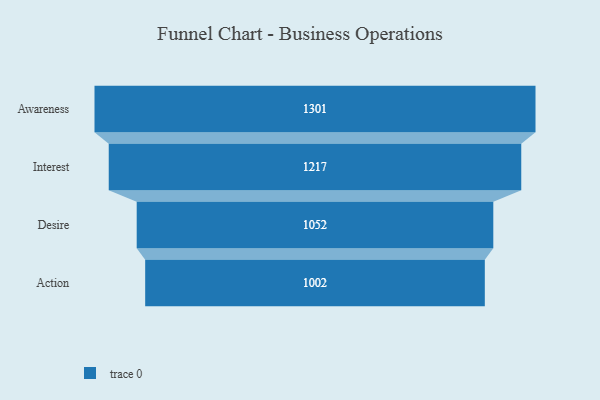
{"axis": {"x": "Stage", "y": "Value"}, "legend": [""], "data": [{"x": "Awareness", "y": 1301.0, "type": ""}, {"x": "Interest", "y": 1217.0, "type": ""}, {"x": "Desire", "y": 1052.0, "type": ""}, {"x": "Action", "y": 1002.0, "type": ""}]}